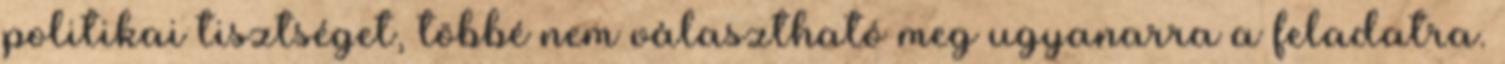
politikai tisztséget, többé nem választható meg ugyanarra a feladatra.